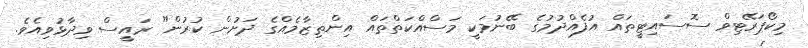
މިކޯޕަރޭޓިވް ސޮސައިޓީތައް އުފެއްދުމުގެ ބޭނުމަކީ މަސްއްކަތްތައް އިންތިޒާމެއްގެ ދަށުން ކުރުން" ރައީސް ވިދާޅުވިއެވެ.